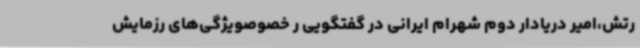
رتش،امیر دریادار دوم شهرام ایرانی در گفتگویی ر خصوصویژگی‌های رزمایش